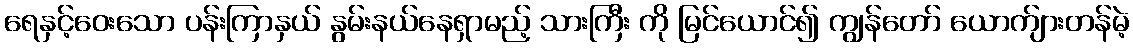
ရေနှင့်ဝေးသော ပန်းကြာနှယ် နွမ်းနယ်နေရှာမည့် သားကြီး ကို မြင်ယောင်၍ ကျွန်တော် ယောက်ျားတန်မဲ့